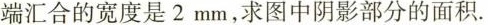
端汇合的宽度是2mm，求图中阴影部分的面积.